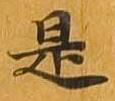
是